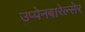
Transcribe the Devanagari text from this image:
उप्पेनबारेल्सेर